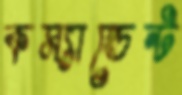
কম্যান্ডেন্ট